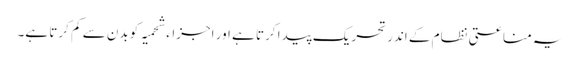
یہ مناعتی نظام کے اندر تحریک پیدا کرتا ہے اور اجزاء شحمیہ کو بدن سے کم کرتا ہے۔